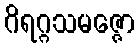
ဂိရဂ္ဂသမဇ္ဇော